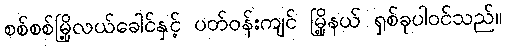
စစ်စစ်မြို့လယ်ခေါင်နှင့် ပတ်ဝန်းကျင် မြို့နယ် ရှစ်ခုပါဝင်သည်။